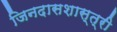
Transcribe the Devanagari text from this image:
जिनदासशास्त्री